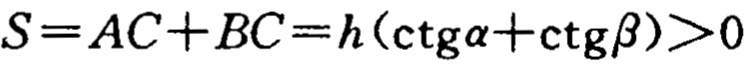
\(S = AC + BC = h(\mathrm{ctg}\alpha+\mathrm{ctg}\beta)>0\)